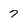
Character: 7